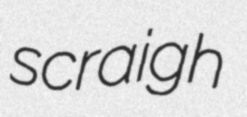
scraigh